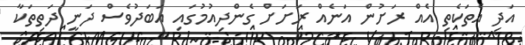
އަދި އެތަކެތި އެއް ރަށުން އަނެއް ރަށަށް ގެންދިއުމުގައި އަބަދުވެސް ދަނީ ދަތިތަކާ